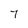
Character: 7